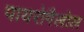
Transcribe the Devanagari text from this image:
पायरोगैलोल